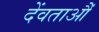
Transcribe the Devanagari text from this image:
देंवताऔं